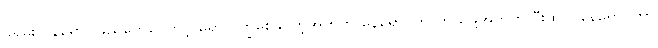
ခရမ်းလွန်ရောင်ခြည်တွေကြောင့် ရောဂါကြွစေနိုင်တဲ့အတွက် နေရောင်ကာကွယ်ဖို့အတွက် ဦးထုပ်၊ နေရောင်ကာ